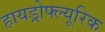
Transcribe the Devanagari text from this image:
हायड्रोफ्ल्यूरिक